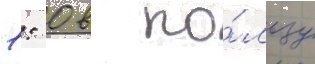
1: 0 в по́льзу